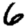
Digit: 6